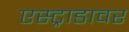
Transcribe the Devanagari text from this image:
एस्ट्राडावर